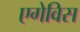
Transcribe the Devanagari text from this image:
एगेविस